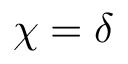
\chi = \delta